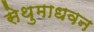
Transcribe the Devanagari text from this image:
सेथुमाधवन